Annual report on the working of the lock hospitals in the North-Western Provinces and Oudh
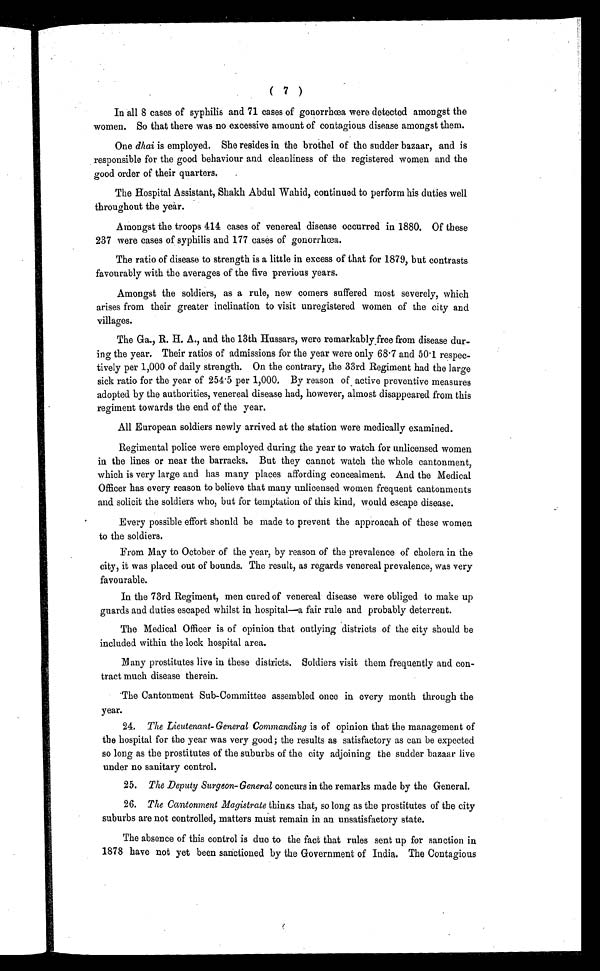
( 7 )
In all 8 cases of syphilis and 71 cases of gonorrhœa were detected amongst the
women. So that there was no excessive amount of contagious disease amongst them.
One dhai is employed. She resides in the brothel of the sudder bazaar, and is
responsible for the good behaviour and cleanliness of the registered women and the
good order of their quarters.
The Hospital Assistant, Shakh Abdul Wahid, continued to perform his duties well
throughout the year.
Amongst the troops 414 cases of venereal disease occurred in 1880. Of these
237 were cases of syphilis and 177 cases of gonorrhœa.
The ratio of disease to strength is a little in excess of that for 1879, but contrasts
favourably with the averages of the five previous years.
Amongst the soldiers, as a rule, new corners suffered most severely, which
arises from their greater inclination to visit unregistered women of the city and
villages.
The Ga., R. H. A., and the 13th Hussars, were remarkably. free from disease dur-
ing the year. Their ratios of admissions for the year were only 68·7 and 50·1 respec-
tively per 1,000 of daily strength. On the contrary, the 33rd Regiment had the large
sick ratio for the year of 254·5 per 1,000. By reason of active preventive measures
adopted by the authorities, venereal disease had, however, almost disappeared from this
regiment towards the end of the year.
All European soldiers newly arrived at the station were medically examined.
Regimental police were employed during the year to watch for unlicensed women
in the lines or near the barracks. But they cannot watch the whole cantonment,
which is very large and has many places affording concealment. And the Medical
Officer has every reason to believe that many unlicensed women frequent cantonments
and solicit the soldiers who, but for temptation of this kind, would escape disease.
Every possible effort should be made to prevent the approacah of these women
to the soldiers.
From May to October of the year, by reason of the prevalence of cholera in the
city, it was placed out of bounds. The result, as regards venereal prevalence, was very
favourable.
In the 73rd Regiment, men cured of venereal disease were obliged to make up
guards and duties escaped whilst in hospital—a fair rule and probably deterrent.
The Medical Officer is of opinion that outlying districts of the city should be
included within the lock hospital area.
Many prostitutes live in these districts. Soldiers visit them frequently and con-
tract much disease therein.
The Cantonment Sub-Committee assembled once in every month through the
year.
24. The Lieutenant- General Commanding is of opinion that the management of
the hospital for the year was very good; the results as satisfactory as can be expected
so long as the prostitutes of the suburbs of the city adjoining the sudder bazaar live
under no sanitary control.
25. The Deputy Surgeon-General concurs in the remarks made by the General.
26. The Cantonment Magistrate thinks that, so long as the prostitutes of the city
suburbs are not controlled, matters must remain in an unsatisfactory state.
The absence of this control is due to the fact that rules sent up for sanction in
1878 have not yet been sanctioned by the Government of India. The Contagious